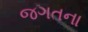
જગતના